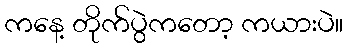
ကနေ့ တိုက်ပွဲကတော့ ကယားပဲ။